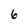
Character: 6